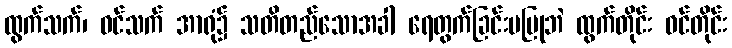
ထွက်သက်၊ ဝင်သက် အာရုံ၌ သတိတည်သောအခါ ရေတွက်ခြင်းမပြုဘဲ ထွက်တိုင်း ဝင်တိုင်း